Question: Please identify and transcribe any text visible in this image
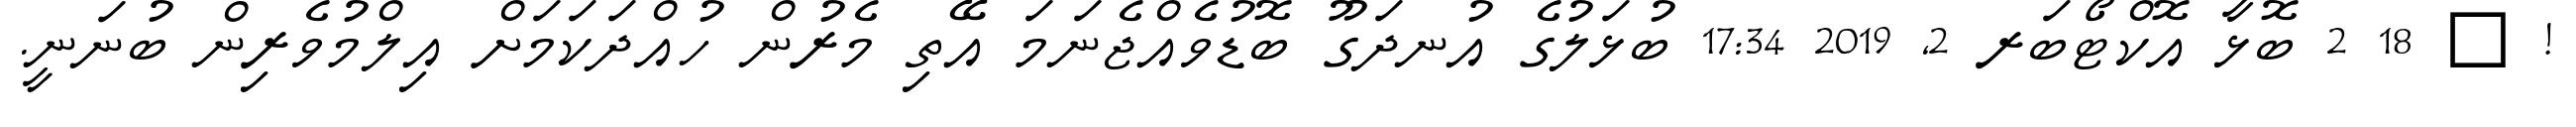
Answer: ! ? 18 2 ބޮޅާ އޮކްޓޯބަރ 2, 2019 17:34 ބުޅަލުގެ އުނދަގޫ ބޮޑުވެއްޖެނަމަ އޭތި މެރުން ހުއްދަކަމަށް އިލްމުވެރިން ބުނަނީ.